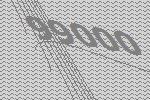
99000